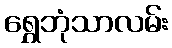
ရွှေဘုံသာလမ်း